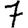
Digit: 7